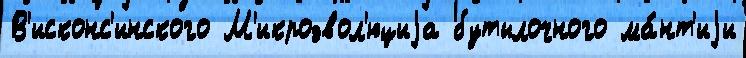
В'исконс'инского М'икроэвол'юциjа бутылочного ма́нт'иjи